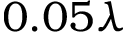
0 . 0 5 \lambda